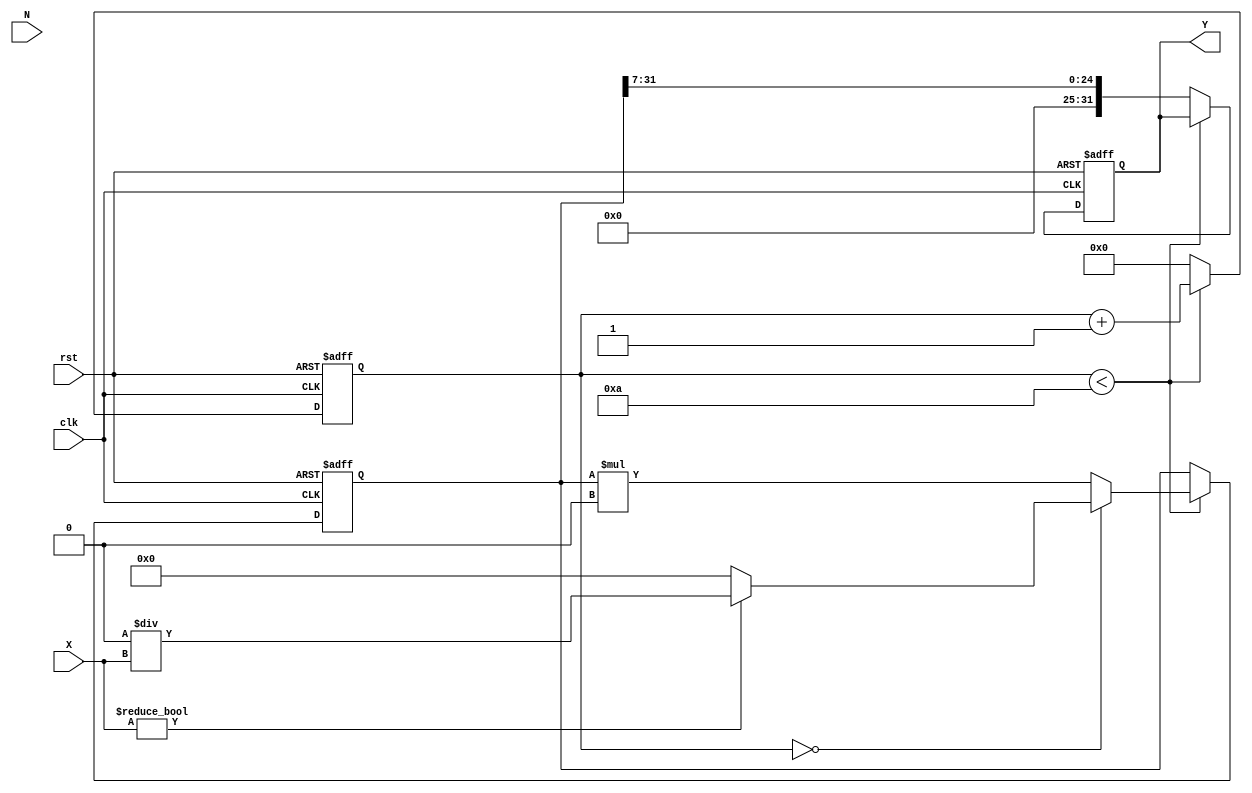
module fractional_order_reciprocal #(
    parameter INPUT_WIDTH = 16,   // Width of input signal
    parameter OUTPUT_WIDTH = 32,   // Width of output signal
    parameter FRACTIONAL_ORDER_WIDTH = 8 // Width for fractional order
)(
    input  wire signed [INPUT_WIDTH-1:0] X,           // Input signal
    input  wire [FRACTIONAL_ORDER_WIDTH-1:0] N,       // Fractional order
    output reg signed [OUTPUT_WIDTH-1:0] Y,           // Output signal
    input  wire clk,                                   // Clock signal
    input  wire rst                                    // Reset signal
);

    reg signed [OUTPUT_WIDTH-1:0] approx;            // Approximation of reciprocal
    reg [3:0] iteration_count;                         // Iteration counter
    reg calculation_done;                              // Flag for calculation completion

    // Constants for Newton-Raphson method
    localparam MAX_ITERATIONS = 10;                   // Maximum number of iterations
    localparam SHIFT_AMOUNT = 1 << (FRACTIONAL_ORDER_WIDTH - 1); // Shift for fractional order

    always @(posedge clk or posedge rst) begin
        if (rst) begin
            Y <= 0;
            approx <= 0;
            iteration_count <= 0;
            calculation_done <= 0;
        end else begin
            if (iteration_count < MAX_ITERATIONS) begin
                // Initial approximation
                if (iteration_count == 0) begin
                    approx <= (X != 0) ? (1 << OUTPUT_WIDTH) / X : 0; // Initial guess
                end else begin
                    // Newton-Raphson iteration: approx = approx * (2 - X * approx)
                    approx <= approx * (2 - (X * approx) >> OUTPUT_WIDTH);
                end
                iteration_count <= iteration_count + 1;
            end else begin
                // Scale the result based on fractional order
                Y <= approx >> (FRACTIONAL_ORDER_WIDTH - 1); // Right shift based on fractional order
                calculation_done <= 1;
                iteration_count <= 0; // Reset for the next calculation
            end
        end
    end

endmodule